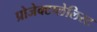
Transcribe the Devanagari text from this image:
प्रोजेक्टप्लेलिस्ट